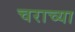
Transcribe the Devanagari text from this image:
चराच्या